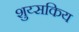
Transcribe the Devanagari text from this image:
शुय्सकिय